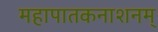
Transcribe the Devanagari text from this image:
महापातकनाशनम्‌